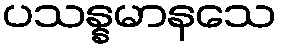
ပသန္နမာနသေ